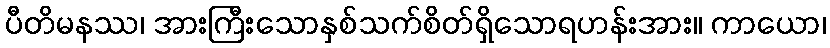
ပီတိမနဿ၊ အားကြီးသောနှစ်သက်စိတ်ရှိသောရဟန်းအား။ ကာယော၊